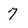
Character: 7